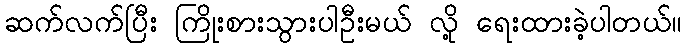
ဆက်လက်ပြီး ကြိုးစားသွားပါဦးမယ် လို့ ရေးထားခဲ့ပါတယ်။